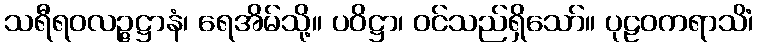
သရီရဝလဉ္ဇဋ္ဌာနံ၊ ရေအိမ်သို့။ ပဝိဋ္ဌာ၊ ဝင်သည်ရှိသော်။ ပုဠဝကရာသိံ၊